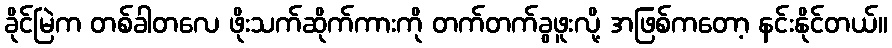
ခိုင်မြဲက တစ်ခါတလေ ဖိုးသက်ဆိုက်ကားကို တက်တက်ခွဖူးလို့ အဖြစ်ကတော့ နင်းနိုင်တယ်။